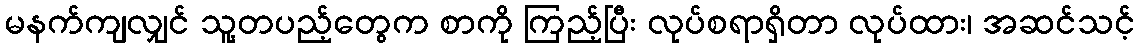
မနက်ကျလျှင် သူ့တပည့်တွေက စာကို ကြည့်ပြီး လုပ်စရာရှိတာ လုပ်ထား၊ အဆင်သင့်